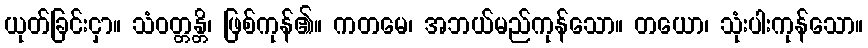
ယုတ်ခြင်းငှာ။ သံဝတ္တန္တိ၊ ဖြစ်ကုန်၏။ ကတမေ၊ အဘယ်မည်ကုန်သော။ တယော၊ သုံးပါးကုန်သော။